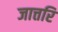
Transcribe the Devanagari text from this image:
जात्तरि